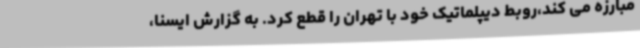
مبارزه می کند،روبط دیپلماتیک خود با تهران را قطع کرد. به گزارش ایسنا،